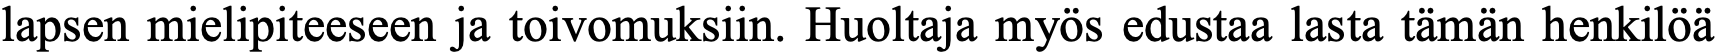
lapsen mielipiteeseen ja toivomuksiin. Huoltaja myös edustaa lasta tämän henkilöä